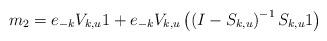
LaTeX: \begin{align*}m_2 = e_{-k} V_{k,u} 1 + e_{-k} V_{k,u} \left( \left(I-S_{k,u} \right)^{-1} S_{k,u} 1 \right)\end{align*}